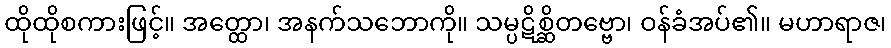
ထိုထိုစကားဖြင့်။ အတ္ထော၊ အနက်သဘောကို။ သမ္ပဋိစ္ဆိတဗ္ဗော၊ ဝန်ခံအပ်၏။ မဟာရာဇ၊